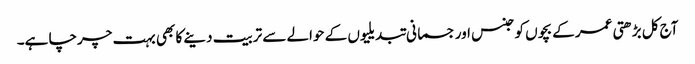
آج کل بڑھتی عمر کے بچوں کو جنس اور جسمانی تبدیلیوں کے حوالے سے تربیت دینے کا بھی بہت چرچا ہے۔